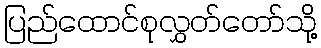
ပြည်ထောင်စုလွှတ်တော်သို့